Report of the Municipal Commissioner on the plague in Bombay for the year ending 31st May... - Volume 3
Disease focus: Plague
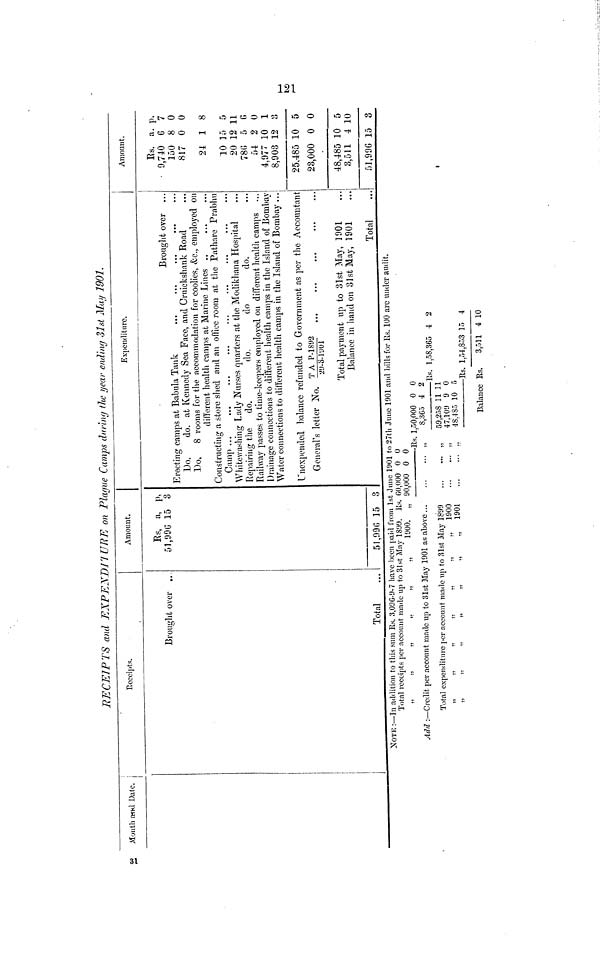
121
RECEIPTS and EXPENDITURE
on Plague Camps during the year ending 31st May 1901.
Month and Date.
Receipts.
Brought over
Total
Amount.
Rs, a, p,
51,990 15 3
5!,090 15 3
Expenditure.
Brought over
Do.
do. at Kennedy Sea Face, and Cruickshank Road
Do, 8 rooms for the accommodation for coolies, &c, employed on
different health camps at Marine Lines ..
Constructing a store sited and an office room at the Pathare Prabhn
Whitewashing Lady Nurses quarters at the Modikhana Hospital
Repairing the do.
do.
do
do.
Railway passes to time-keepers employed on different health camps
Drainage connections to different health camps in the Island of Bombay
Water connections to different health camps in the Island of Bombay ...
Unexpended balance refunded to Government as per the Accountant
General's letter No. T A P-1892 / 29-3-1901
Total payment up to 31st May, 1901
Balance in hand on 31st May, 1901
Total
Amount.
Rs. a. p.
9,740 6 7
150 8 0
817 0 0
24 1 8
10 15 5
20 12 11
780 5 0
54 2 0
4,977 10 1
8,903 12 3
25,485 10 5
23,000 0 0
48,485 10 5
3,511 4 10
51,990 15 3
NOTE :—In addition to this sum Rs. 3,09G-9-7 have been paid from 1st June 1901 to 27th June 1901 and bills for Rs. 100 arc under audit.
Total receipts per account made up to 31st May 1899. Rs. 60,000 0 0
1900. „
Add :—Credit per account made up to 31st May 1901 as above ...
Total expenditure per account made up to 31st May 1899
1900
1901
90,000 0 0
-Es.
.,
,,
... .,
1,50,000
8,365
59,258
47.109
48,485
0
4
11
9
10
0
2
11
0
5
Es.
-Rs.
Balance Rs.
1,58,365
1,54,853
3,511
1 2
15 4
4 10
31